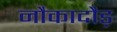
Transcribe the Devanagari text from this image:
नौकादौड़